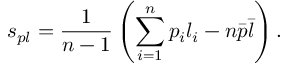
s _ { p l } = \frac { 1 } { n - 1 } \left( \sum _ { i = 1 } ^ { n } p _ { i } l _ { i } - n \bar { p } \bar { l } \right) .